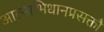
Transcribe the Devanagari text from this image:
आत्माभिधानप्रसक्तौ